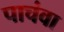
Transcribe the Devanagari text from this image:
पाचंवा